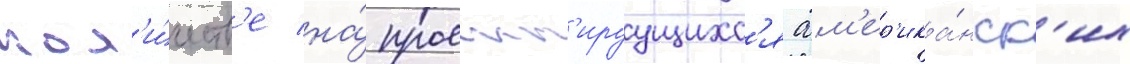
кол'и́честв'е на́ проект'ируущихс'я ам'ер'ика́нск'их